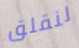
لنقلق